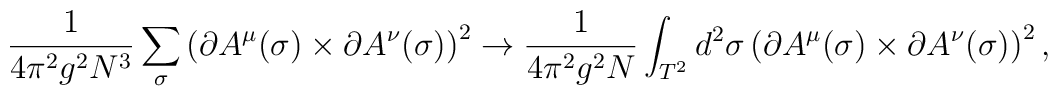
\frac{1}{4\pi^2g^2N^3}\sum_\sigma    \left(\partial A^\mu(\sigma)\times\partial A^\nu(\sigma)\right)^2  \rightarrow \frac{1}{4\pi^2g^2N}\int_{T^2}d^2\sigma    \left(\partial A^\mu(\sigma)\times\partial A^\nu(\sigma)\right)^2,